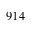
9 1 4